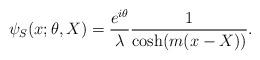
LaTeX: \begin{align*}\psi_{S}(x;\theta,X)=\frac{e^{i\theta}}{\lambda}\frac{1}{\cosh(m(x-X))}.\end{align*}